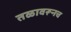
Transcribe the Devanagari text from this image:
तळावरूनच